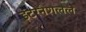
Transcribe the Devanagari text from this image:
इंटरनैशलल